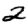
Digit: 2